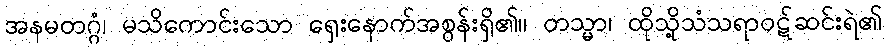
အနမတဂ္ဂံ၊ မသိကောင်းသော ရှေးနောက်အစွန်းရှိ၏။ တသ္မာ၊ ထိုသို့သံသရာဝဋ်ဆင်းရဲ၏